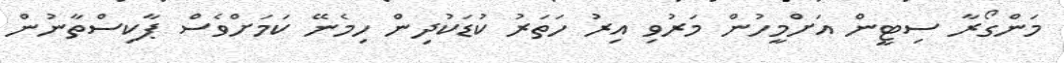
މަންގޯރާ ސިޓީން އަށްމީހުން މަރުވި އިރު ހަތަރު ކުޑަކުދިން ހިމެނޭ ކަމަށްވެސް ޕާކިސްތާނުން